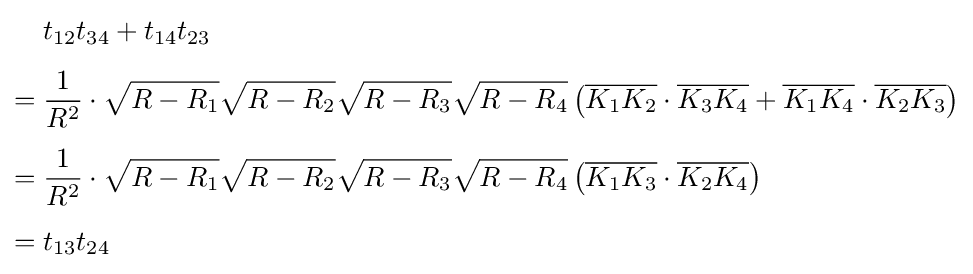
{\begin{aligned}&t_{12}t_{34}+t_{14}t_{23}\\[4pt]={}&{\frac {1}{R^{2}}}\cdot {\sqrt {R-R_{1}}}{\sqrt {R-R_{2}}}{\sqrt {R-R_{3}}}{\sqrt {R-R_{4}}}\left({\overline {K_{1}K_{2}}}\cdot {\overline {K_{3}K_{4}}}+{\overline {K_{1}K_{4}}}\cdot {\overline {K_{2}K_{3}}}\right)\\[4pt]={}&{\frac {1}{R^{2}}}\cdot {\sqrt {R-R_{1}}}{\sqrt {R-R_{2}}}{\sqrt {R-R_{3}}}{\sqrt {R-R_{4}}}\left({\overline {K_{1}K_{3}}}\cdot {\overline {K_{2}K_{4}}}\right)\\[4pt]={}&t_{13}t_{24}\end{aligned}}